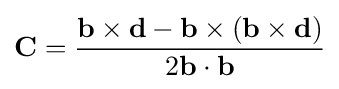
\mathbf {C} ={\frac {\mathbf {b} \times \mathbf {d} -\mathbf {b} \times (\mathbf {b} \times \mathbf {d} )}{2\mathbf {b} \cdot \mathbf {b} }}